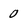
Character: 0